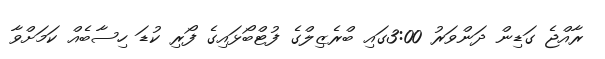
ރާއްޖެ ގަޑިން ދަންވަރު 3:00ގައި ބްރެޒިލްގެ ފުޓްބޯޅައިގެ ފޯރި ކުޑަ ހިސާބެއް ކަމަށްވާ